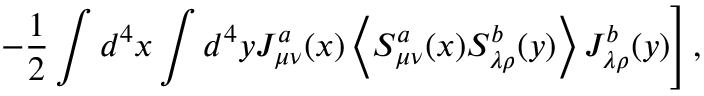
\left. - \frac 1 2 \int d ^ { 4 } x \int d ^ { 4 } y J _ { \mu \nu } ^ { a } ( x ) \left< S _ { \mu \nu } ^ { a } ( x ) S _ { \lambda \rho } ^ { b } ( y ) \right> J _ { \lambda \rho } ^ { b } ( y ) \right] ,